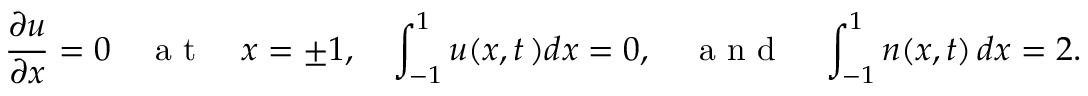
\frac { \partial u } { \partial x } = 0 \quad \mathrm { ~ a ~ t ~ } \quad x = \pm 1 , \quad \int _ { - 1 } ^ { 1 } u ( x , t \, ) d x = 0 , \quad \mathrm { ~ a ~ n ~ d ~ } \quad \int _ { - 1 } ^ { 1 } n ( x , t ) \, d x = 2 .